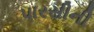
પારસીની